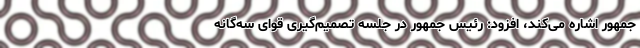
جمهور اشاره می‌کند، افزود: رئیس جمهور در جلسه‌ تصمیم‌گیری قوای سه‌گانه